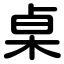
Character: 桌